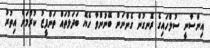
އިންސާނީ ސުލްހައިގެ ރޮނގުން ގެންނަން ބޭނުންވާ ހެޔޮ ބަދަލުތައް ތަންފީޒު ކުރުމަށް އިތުރު